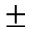
\pm